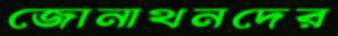
জোনাথনদের